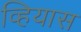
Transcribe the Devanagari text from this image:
व्हियास